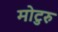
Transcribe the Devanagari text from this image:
मोटुरु